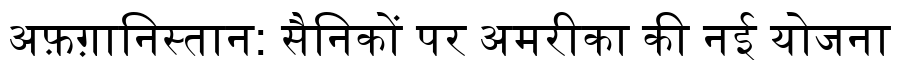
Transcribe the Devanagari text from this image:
अफ़ग़ानिस्तान: सैनिकों पर अमरीका की नई योजना